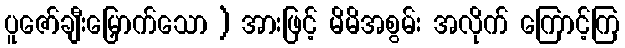
ပူဇော်ချီးမြှောက်သော ) အားဖြင့် မိမိအစွမ်း အလိုက် ကြောင့်ကြ